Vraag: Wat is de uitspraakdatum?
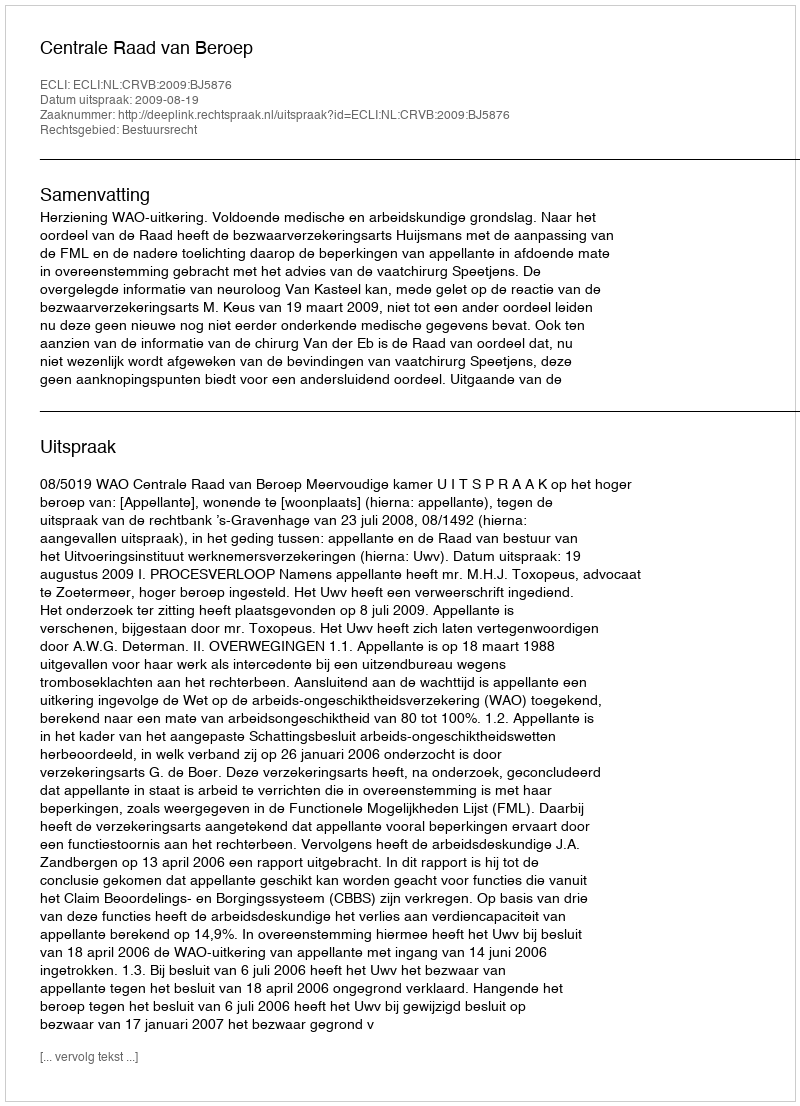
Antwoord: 2009-08-19